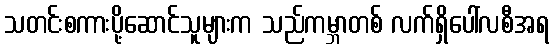
သတင်းစကားပို့ဆောင်သူများက သည်ကမ္ဘာတစ် လက်ရှိပေါ်လစီအရ